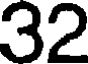
32